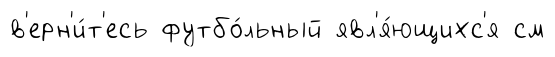
в'ерн'и́т'есь футбо́льный явл'я́ющихс'я см